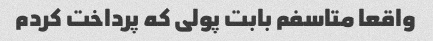
واقعا متاسفم بابت پولی که پرداخت کردم